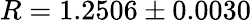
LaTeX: R=1.2506\pm 0.0030